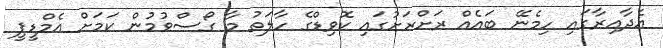
އެދާއިރާގައި ހިމެނޭ ބައެއް ރަށްރަށުގައި ކޮވިޑްގެ ހާލަތު މާ ގޯސްވުމުން ކަމަށް އެމްޑީޕީ